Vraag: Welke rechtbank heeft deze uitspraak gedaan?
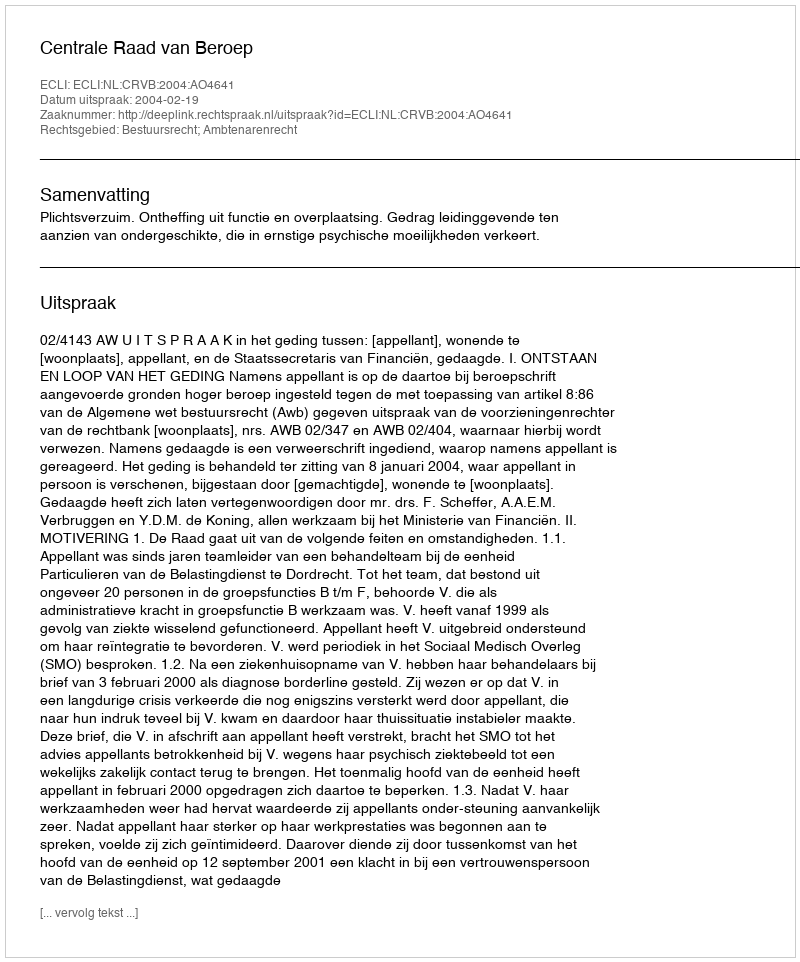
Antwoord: Centrale Raad van Beroep